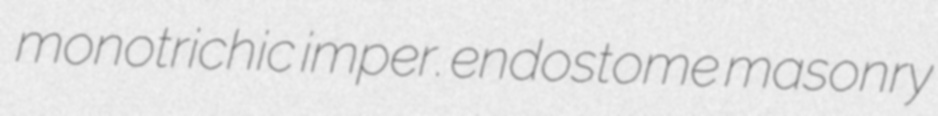
monotrichic imper. endostome masonry